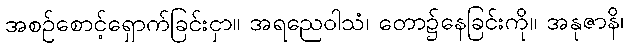
အစဉ်စောင့်ရှောက်ခြင်းငှာ။ အရညေဝါသံ၊ တော၌နေခြင်းကို။ အနုဇာနိ၊